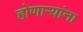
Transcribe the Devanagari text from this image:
होणाऱ्यांना